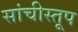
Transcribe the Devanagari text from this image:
सांचीस्तूप